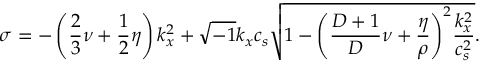
\sigma = - \left( \frac { 2 } { 3 } \nu + \frac { 1 } { 2 } \eta \right) k _ { x } ^ { 2 } + \sqrt { - 1 } k _ { x } c _ { s } \sqrt { 1 - { \left( \frac { D + 1 } { D } \nu + \frac { \eta } { \rho } \right) } ^ { 2 } \frac { k _ { x } ^ { 2 } } { c _ { s } ^ { 2 } } } .